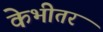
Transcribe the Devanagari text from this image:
केभीतर